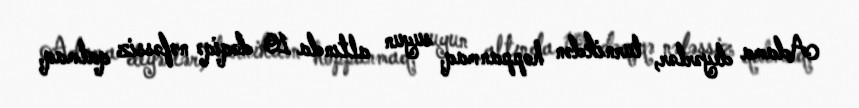
Adama deyərlər, turnikdən hoppanmaq, suyun altında 10 dəqiqə nəfəssiz qalmaq,